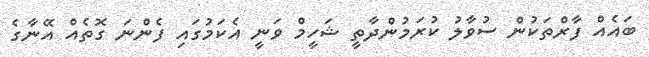
ބައެއް ފާރްތަކުން ސުވާލު ކުރަމުންދާތީ ޝަހީމް ވަނީ އެކަމުގައި ފެންނަ ގޮތެއް އޭނާގެ